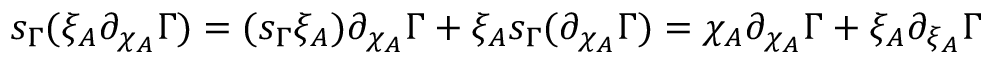
s _ { \Gamma } ( \xi _ { A } \partial _ { \chi _ { A } } \Gamma ) = ( s _ { \Gamma } \xi _ { A } ) \partial _ { \chi _ { A } } \Gamma + \xi _ { A } s _ { \Gamma } ( \partial _ { \chi _ { A } } \Gamma ) = \chi _ { A } \partial _ { \chi _ { A } } \Gamma + \xi _ { A } \partial _ { \xi _ { A } } \Gamma